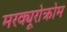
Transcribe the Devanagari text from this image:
मरक्यूरोक्रोम